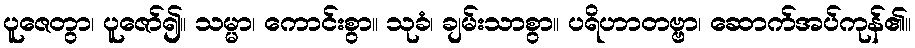
ပူဇေတွာ၊ ပူဇော်၍။ သမ္မာ၊ ကောင်းစွာ။ သုခံ၊ ချမ်းသာစွာ။ ပရိဟာတဗ္ဗာ၊ ဆောက်အပ်ကုန်၏။